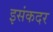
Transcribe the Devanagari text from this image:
इसंकदर